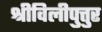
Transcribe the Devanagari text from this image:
श्रीविलीपुत्तुर